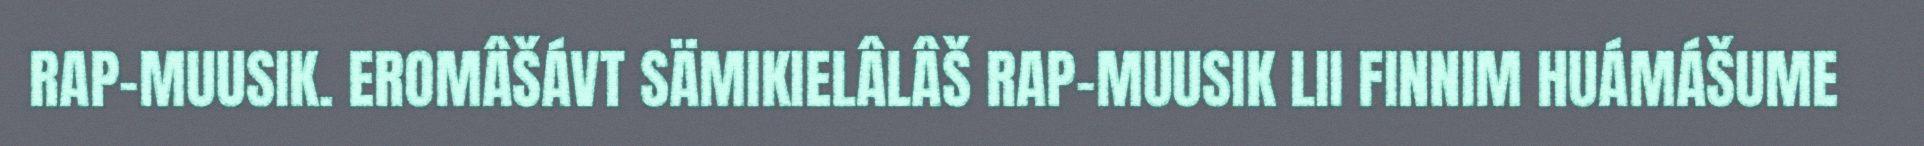
RAP-MUUSIK. EROMÂŠÁVT SÄMIKIELÂLÂŠ RAP-MUUSIK LII FINNIM HUÁMÁŠUME